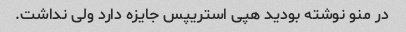
در منو نوشته بودید هپی استریپس جایزه دارد ولی نداشت.